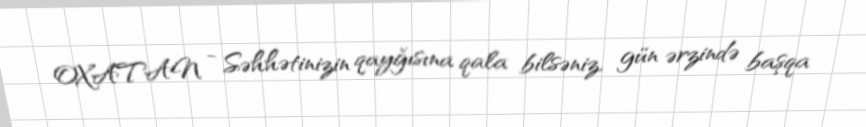
OXATAN - Səhhətinizin qayğısına qala bilsəniz, gün ərzində başqa